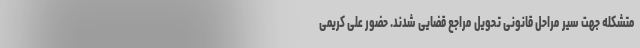
متشکله جهت سیر مراحل قانونی تحویل مراجع قضایی شدند. حضور علی کریمی